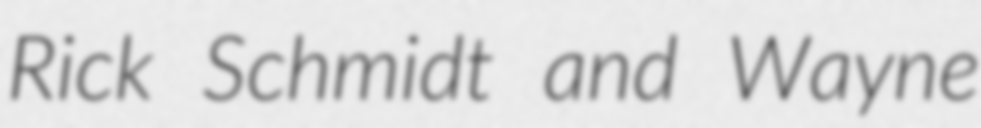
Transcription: Rick Schmidt and Wayne